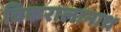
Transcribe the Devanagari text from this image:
विकरालानाथ